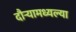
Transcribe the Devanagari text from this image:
दौर्‍यामध्यल्या